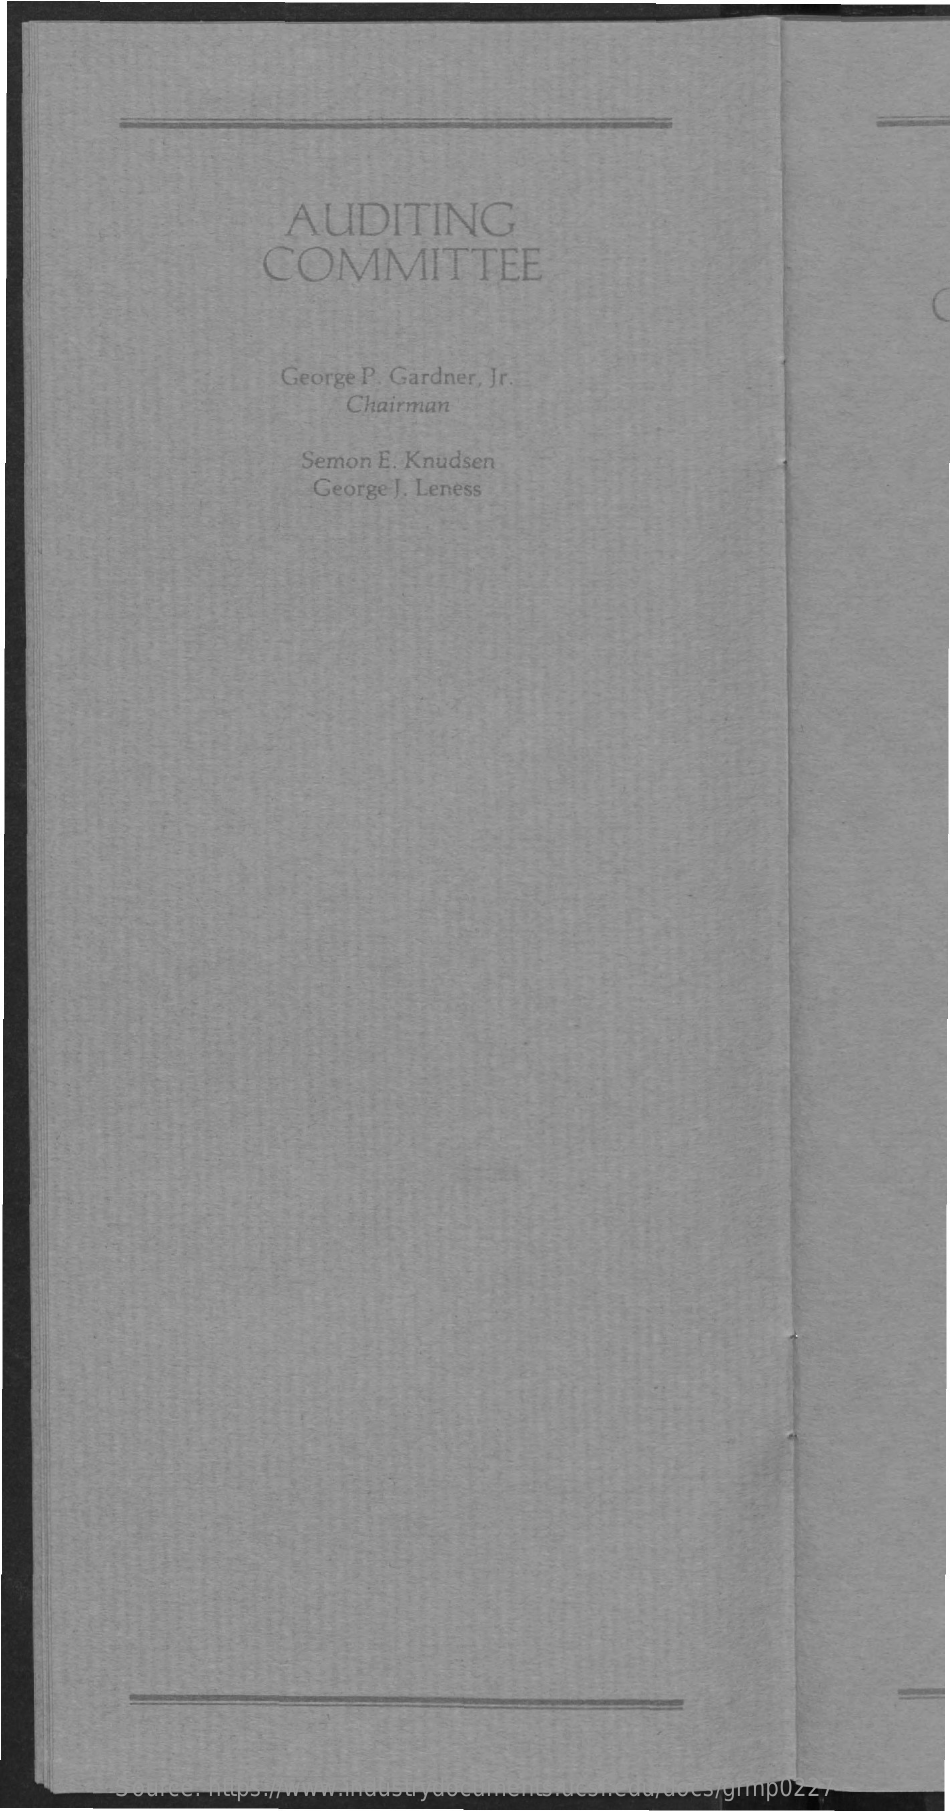
AUDITING
     COMMITTEE
     George P. Gardner, Jr.
     Chairman
     Semon E. Knudsen
     George J. Leness
     Source: https://www.industrydocuments.ucsf.edu/docs/grmp0227